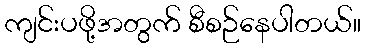
ကျင်းပဖို့အတွက် စီစဉ်နေပါတယ်။